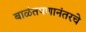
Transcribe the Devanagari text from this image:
बाळंतपणानंतरचे